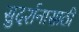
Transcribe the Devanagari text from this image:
सुदर्शनासाठी